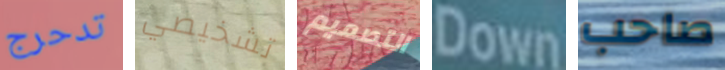
تدحرج تشخيصي التصميم Down صاحب